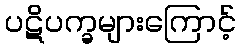
ပဋိပက္ခများကြောင့်